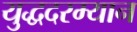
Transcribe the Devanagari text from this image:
युद्धदरम्यान